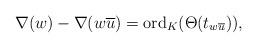
LaTeX: \begin{align*}\nabla(w)-\nabla(w\overline{u})={\rm ord}_K(\Theta(t_{w\overline{u}})),\end{align*}